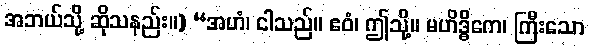
အဘယ်သို့ ဆိုသနည်း။) “အဟံ၊ ငါသည်။ ဧဝံ၊ ဤသို့။ မဟိဒ္ဓိကေ၊ ကြီးသော